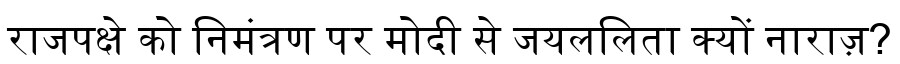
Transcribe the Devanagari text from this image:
राजपक्षे को निमंत्रण पर मोदी से जयललिता क्यों नाराज़?